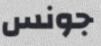
جونس